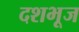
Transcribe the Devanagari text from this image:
दशभूज